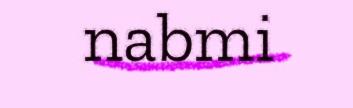
nabmi